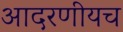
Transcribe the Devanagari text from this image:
आदरणीयच